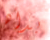
بدأه